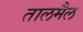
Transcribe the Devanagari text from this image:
तालमैल